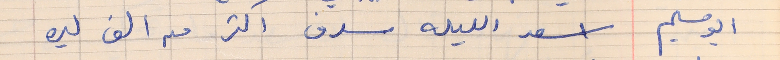
ابو سليم     اسعد الليله سرف اكتر من الف ليره